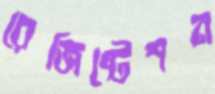
রেজিষ্টেশন